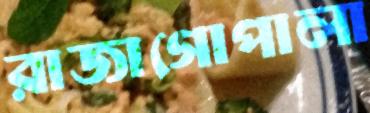
রাজাগোপালা